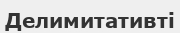
Делимитативті